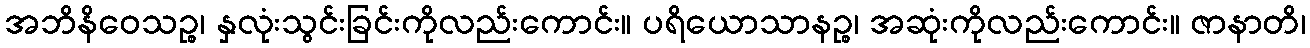
အဘိနိဝေသဉ္စ၊ နှလုံးသွင်းခြင်းကိုလည်းကောင်း။ ပရိယောသာနဉ္စ၊ အဆုံးကိုလည်းကောင်း။ ဇာနာတိ၊